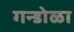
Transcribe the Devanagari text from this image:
गन्डोळा